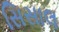
સિસાલ